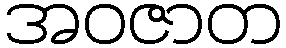
အဝဇာတ